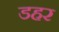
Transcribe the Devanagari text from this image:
डहर